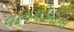
વાનગીઓના